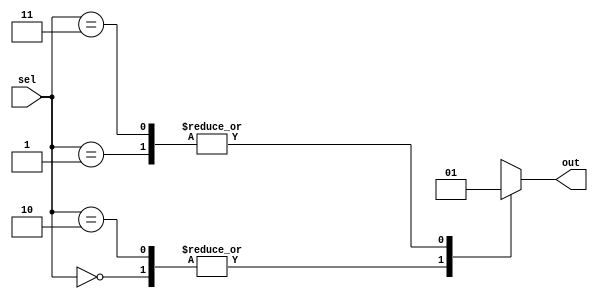
module Generate_Case (
    input [1:0] sel,
    output reg out
);

always @(*) begin
    case (sel)
        2'b00: out = 1'b0;
        2'b01: out = 1'b1;
        2'b10: out = 1'b0;
        2'b11: out = 1'b1;
    endcase
end

endmodule